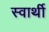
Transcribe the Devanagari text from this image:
स्‍वार्थी